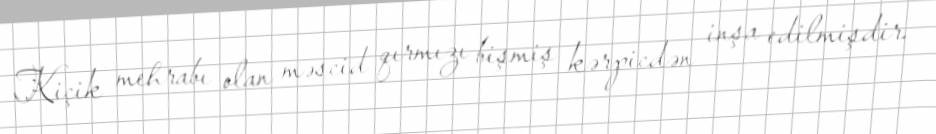
Kiçik mehrabı olan məscid qırmızı bişmiş kərpicdən inşa edilmişdir.